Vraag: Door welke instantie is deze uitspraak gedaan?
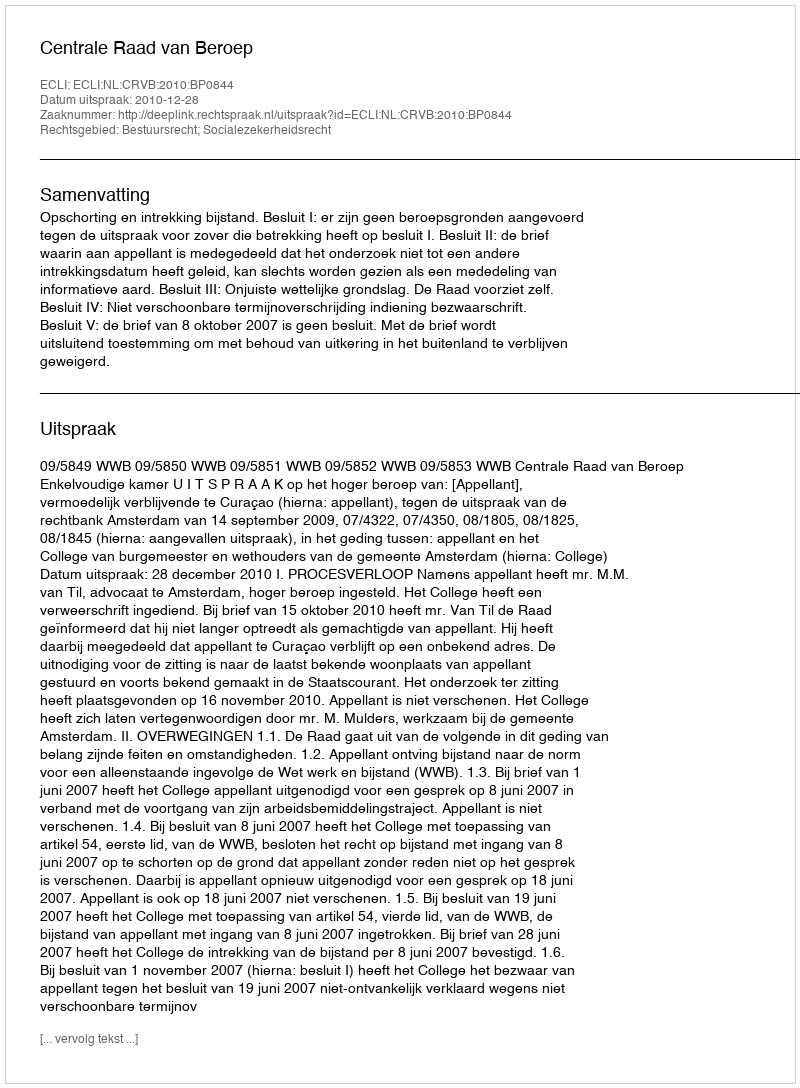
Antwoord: Centrale Raad van Beroep